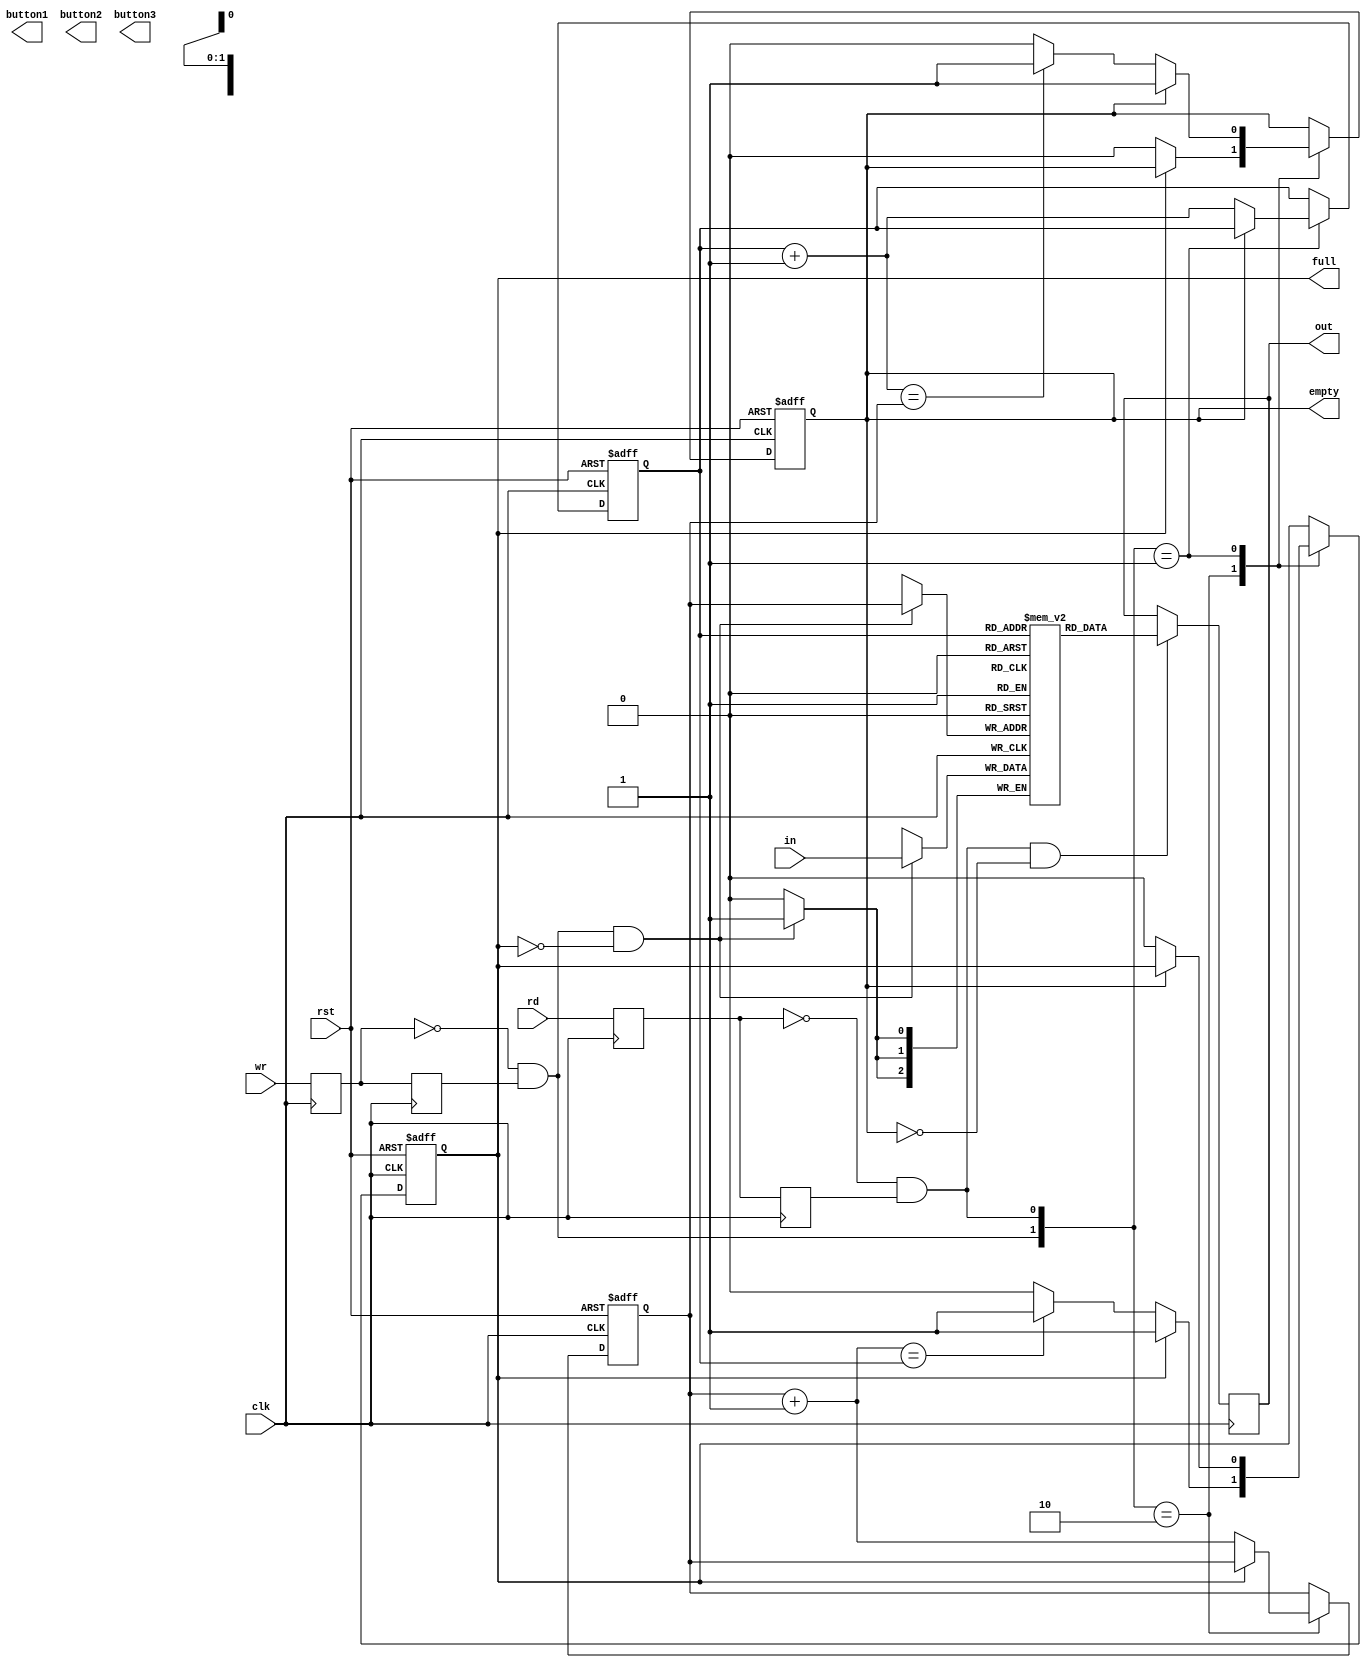
module FIFO#(parameter s=2,n=3)(
     input clk,
     input rst,
     input wr,
     input rd,
     input [n-1:0] in,
     output [n-1:0] out,
     output empty,
     output full,
     output button1,
     output button2,
     output button3
);
wire wrr,rdd;
reg wr1,wr2,rd1,rd2;
always @(posedge clk) wr1<=wr;
always @(posedge clk) wr2<=wr1;
assign wrr=~wr1 & wr2;
always @(posedge clk) rd1<=rd;
always @(posedge clk) rd2<=rd1;
assign rdd=~rd1 & rd2;

reg [n-1:0] out1;
reg [n-1:0] buffer[2**s-1:0];
reg [s-1:0] wrp, wrn, wrs, rdp,rdn,rds;
reg butt1, butt2, butt3, fullp, fulln, emptyp, emptyn;

always @(posedge clk)
 begin
   if(wrr & ~full)
     buffer[wrp]<=in;
 end
always @(posedge clk)
 begin
  if(rdd & ~empty)
    out1<= buffer[rdp];
 end


always @(posedge clk or posedge rst)
 begin
  if(rst)
   begin
   wrp <=0;
   rdp <=0;
   fullp <= 1'b0;
   emptyp <= 1'b1;
   butt1 <=1'b0;
   butt2 <= 1'b0;
   butt3 <= 1'b0;
   end
  
  else
   begin
   wrp <= wrn;
   rdp <=rdn;
   fullp <= fulln;
   emptyp <= emptyn;
   butt1 <=1'b0;
   butt2 <= 1'b0;
   butt3 <= 1'b0;
   end
  end
  
always @(*)
 begin
 wrs=wrp+1;
 wrn=wrp;
 rds=rdp+1;
 rdn=rdp;
 fulln=fullp;
 emptyn=emptyp;
 
 case({wrr,rdd})
  2'b10:
   begin
    if(~full)
     begin
      wrn=wrs;
      emptyn=1'b0;
      if(wrn==rdp)
       fulln=1'b1;
     end
    end
   2'b01:
    begin
    if(~empty)
     begin
      rdn=rds;
      fulln=1'b0;
      if(rdn==wrp)
       emptyn=1'b1;
     end
    end
   endcase
 end
 
assign full=fullp;
assign empty =emptyp;
assign out=out1;
endmodule